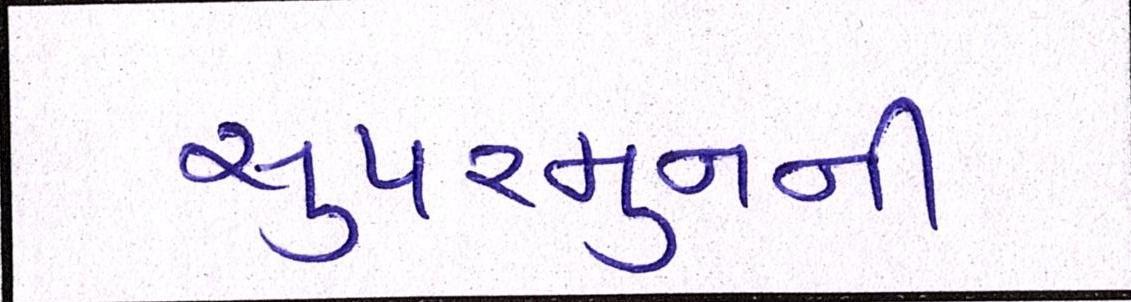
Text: સુપરમુનની